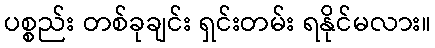
ပစ္စည်း တစ်ခုချင်း ရှင်းတမ်း ရနိုင်မလား။